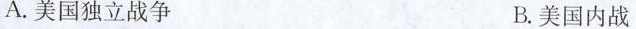
A. 美国独立战争 B. 美国内战